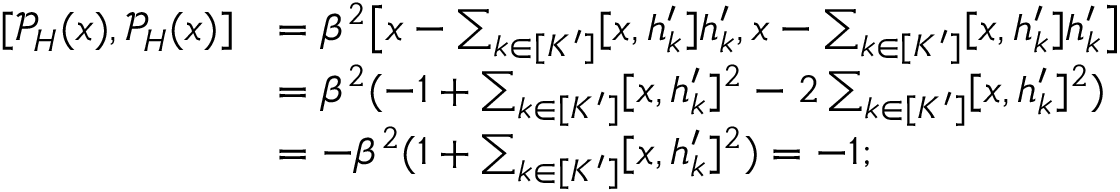
\begin{array} { r l } { [ \mathcal { P } _ { H } ( x ) , \mathcal { P } _ { H } ( x ) ] } & { = \beta ^ { 2 } \big [ x - \sum _ { k \in [ K ^ { \prime } ] } [ x , h _ { k } ^ { \prime } ] h _ { k } ^ { \prime } , x - \sum _ { k \in [ K ^ { \prime } ] } [ x , h _ { k } ^ { \prime } ] h _ { k } ^ { \prime } \big ] } \\ & { = \beta ^ { 2 } ( - 1 + \sum _ { k \in [ K ^ { \prime } ] } [ x , h _ { k } ^ { \prime } ] ^ { 2 } - 2 \sum _ { k \in [ K ^ { \prime } ] } [ x , h _ { k } ^ { \prime } ] ^ { 2 } ) } \\ & { = - \beta ^ { 2 } ( 1 + \sum _ { k \in [ K ^ { \prime } ] } [ x , h _ { k } ^ { \prime } ] ^ { 2 } ) = - 1 ; } \end{array}